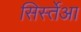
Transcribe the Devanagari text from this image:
सिर्स्तेआ